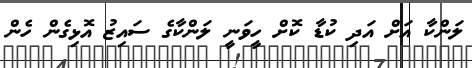
ލަންކާ އަށް އަދި ކުޑާ ކޮށް ހީވަނީ ލަންކާގެ ސައިޒު އޮޅިގެން ހެން